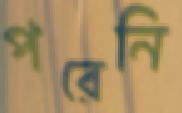
পরেনি